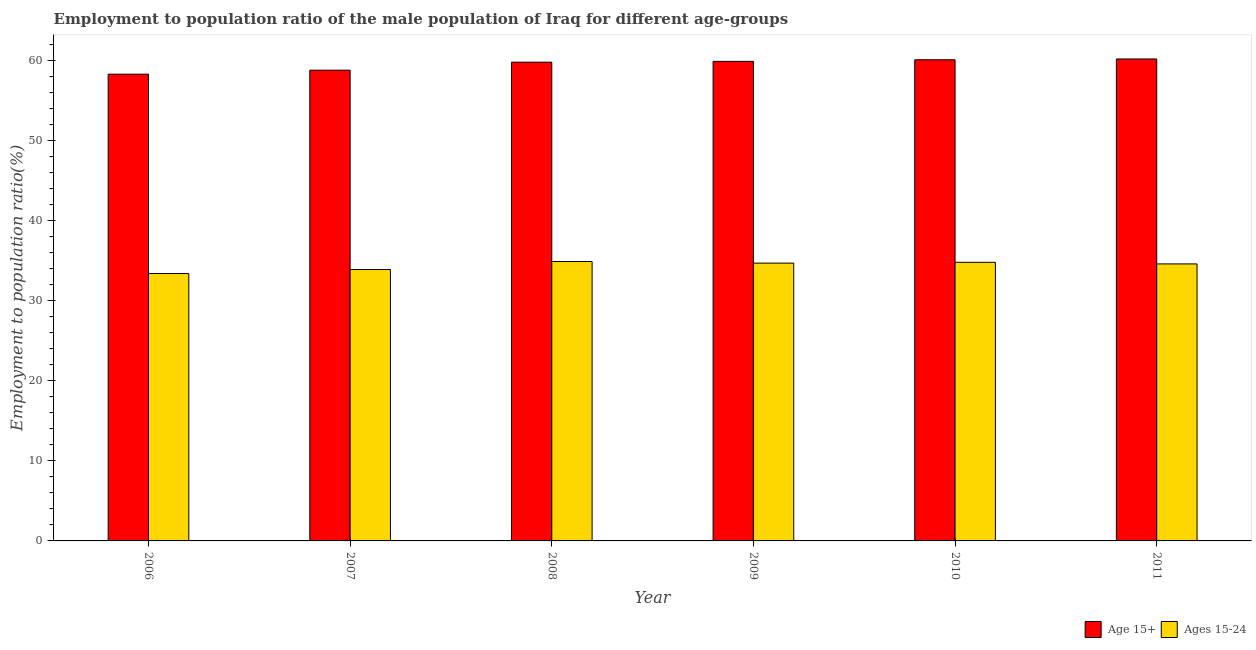
| Year | Age 15+ | Ages 15-24 |
 | --- | --- | --- |
 | 2006 | 58.3 | 33.4 |
 | 2007 | 58.8 | 33.9 |
 | 2008 | 59.8 | 34.9 |
 | 2009 | 59.9 | 34.7 |
 | 2010 | 60.1 | 34.8 |
 | 2011 | 60.2 | 34.6 |